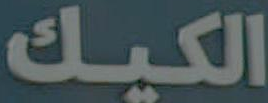
الكيك